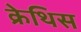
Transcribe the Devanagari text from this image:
क्रेथिस